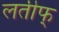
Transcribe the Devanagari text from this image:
लतीफ्